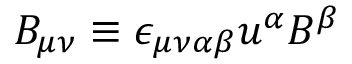
B _ { \mu \nu } \equiv \epsilon _ { \mu \nu \alpha \beta } u ^ { \alpha } B ^ { \beta }